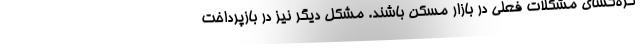
گره‌گشای مشکلات فعلی در بازار مسکن باشند. مشکل دیگر نیز در بازپرداخت